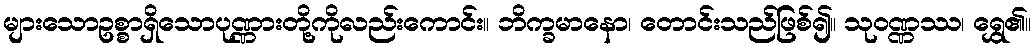
များသောဥစ္စာရှိသောပုဏ္ဏားတို့ကိုလည်းကောင်း။ ဘိက္ခမာနော၊ တောင်းသည်ဖြစ်၍။ သုဝဏ္ဏဿ၊ ရွှေ၏။